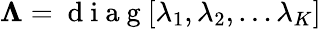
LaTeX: \boldsymbol{\Lambda}=\mathrm{~d~i~a~g~}[\lambda_{1},\lambda_{2},\dots\lambda_{K}]